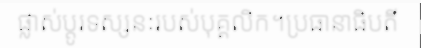
ផ្លាស់ប្តូរទស្សនៈរបស់បុគ្គលិក។ប្រធានាធិបតី